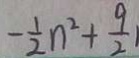
- \frac { 1 } { 2 } n ^ { 2 } + \frac { 9 } { 2 }